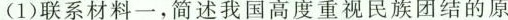
(1)联系材料一。简述我国高度重视民族团结的原